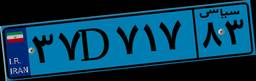
۴۰D۱۴۰۰۱